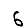
Digit: 6